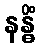
နန္ဓိံ